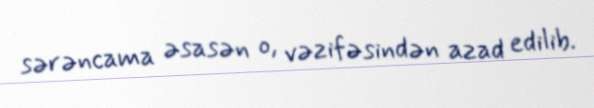
sərəncama əsasən o, vəzifəsindən azad edilib.